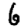
Digit: 6